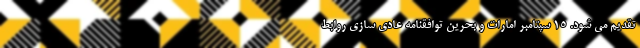
تقدیم می شود. ۱۵ سپتامبر امارات و بحرین توافقنامه عادی سازی روابط